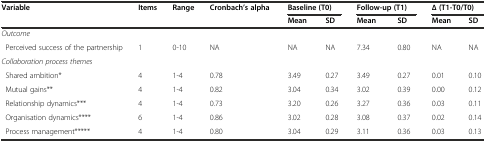
<table><thead><tr><td rowspan="2"><b>Variable</b></td><td rowspan="2"><b>Items</b></td><td rowspan="2"><b>Range</b></td><td rowspan="2"><b>Cronbach’s alpha</b></td><td colspan="2"><b>Baseline (T0)</b></td><td colspan="2"><b>Follow-up (T1)</b></td><td colspan="2"><b>∆ (T1-T0/T0)</b></td></tr><tr><td><b>Mean</b></td><td><b>SD</b></td><td><b>Mean</b></td><td><b>SD</b></td><td><b>Mean</b></td><td><b>SD</b></td></tr></thead><tbody><tr><td colspan="10"><i>Outcome</i></td></tr><tr><td> Perceived success of the partnership</td><td>1</td><td>0-10</td><td>NA</td><td>NA</td><td>NA</td><td>7.34</td><td>0.80</td><td>NA</td><td>NA</td></tr><tr><td colspan="10"><i>Collaboration process themes</i></td></tr><tr><td> Shared ambition*</td><td>4</td><td>1-4</td><td>0.78</td><td>3.49</td><td>0.27</td><td>3.49</td><td>0.27</td><td>0.01</td><td>0.10</td></tr><tr><td> Mutual gains**</td><td>4</td><td>1-4</td><td>0.82</td><td>3.04</td><td>0.34</td><td>3.02</td><td>0.39</td><td>0.00</td><td>0.12</td></tr><tr><td> Relationship dynamics***</td><td>4</td><td>1-4</td><td>0.73</td><td>3.20</td><td>0.26</td><td>3.27</td><td>0.36</td><td>0.03</td><td>0.11</td></tr><tr><td> Organisation dynamics****</td><td>6</td><td>1-4</td><td>0.86</td><td>3.02</td><td>0.28</td><td>3.08</td><td>0.37</td><td>0.02</td><td>0.14</td></tr><tr><td> Process management*****</td><td>4</td><td>1-4</td><td>0.80</td><td>3.04</td><td>0.29</td><td>3.11</td><td>0.36</td><td>0.03</td><td>0.13</td></tr></tbody></table>